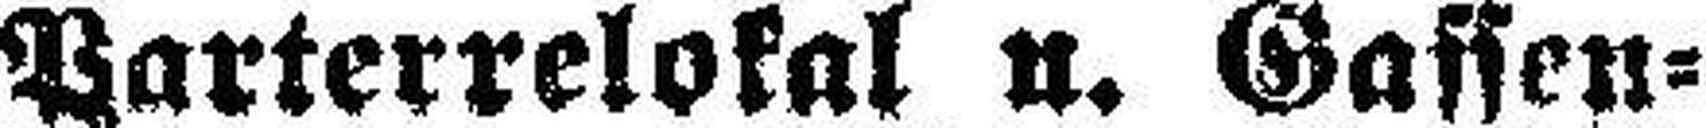
Parterrelokal u. Gassen¬